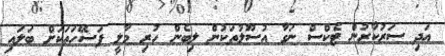
އަދި ސަރުކާރުން ޓެކްސް ނަގާ އުސޫލުތަކުން ލިބެން ހުރި މާލީ ފަސޭހަތަކަށް ބަލައި